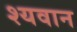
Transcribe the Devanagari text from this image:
श्यवान